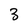
Character: 3